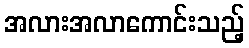
အလားအလာကောင်းသည့်